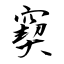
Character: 窫